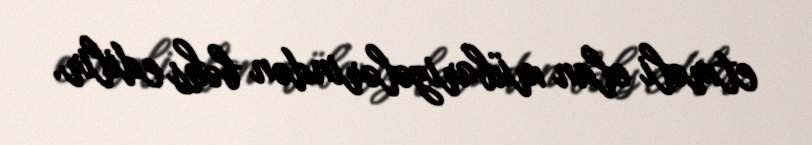
etməli olan mübarizələrindən bəhs edilir.